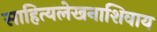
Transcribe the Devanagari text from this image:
साहित्यलेखनाशिवाय